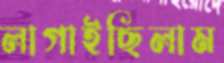
লাগাইছিলাম